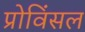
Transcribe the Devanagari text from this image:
प्रोविंसल